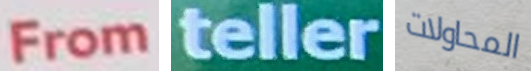
From teller المحاولات